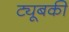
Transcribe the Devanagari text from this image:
ट्यूबकी